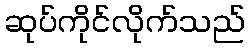
ဆုပ်ကိုင်လိုက်သည်